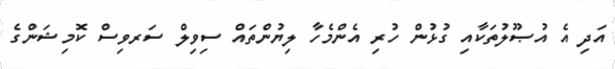
އަދި އެ އުޞޫލުތަކާއި ގުޅުން ހުރި އެންމެހާ ލިޔުންތައް ސިވިލް ސަރވިސް ކޮމިޝަންގެ